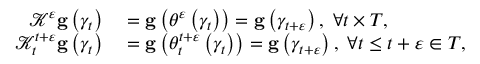
\begin{array} { r l } { \mathcal { K } ^ { \varepsilon } \mathbf { g } \left( \gamma _ { t } \right) } & { { } = \mathbf { g } \left( \theta ^ { \varepsilon } \left( \gamma _ { t } \right) \right) = \mathbf { g } \left( \gamma _ { t + \varepsilon } \right) , \; \forall t \times T , } \\ { \mathcal { K } _ { t } ^ { t + \varepsilon } \mathbf { g } \left( \gamma _ { t } \right) } & { { } = \mathbf { g } \left( \theta _ { t } ^ { t + \varepsilon } \left( \gamma _ { t } \right) \right) = \mathbf { g } \left( \gamma _ { t + \varepsilon } \right) , \; \forall t \leq t + \varepsilon \in T , } \end{array}